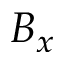
B _ { x }